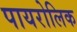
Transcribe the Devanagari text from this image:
पायरोलिक